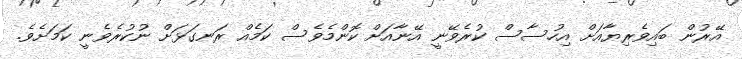
އޭރުން ބައިވެރިޔާއަށް އިހުސާސް ކުރެވޭނީ އޭނާއަށް ކޮންމެވެސް ކަމެއް ރަނގަޅަށް ނުކުރެވެނީ ކަމަށެވެ.